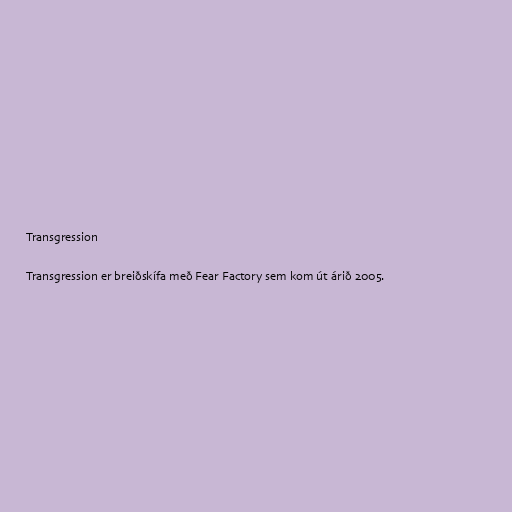
Transgression

Transgression er breiðskífa með Fear Factory sem kom út árið 2005.